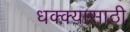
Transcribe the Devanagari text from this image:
धक्क्यासाठी